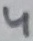
Text: 4